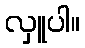
လှူပါ။